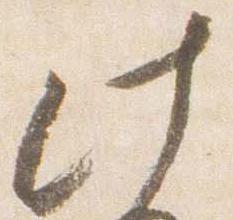
此